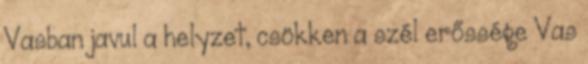
Vasban javul a helyzet, csökken a szél erőssége Vas